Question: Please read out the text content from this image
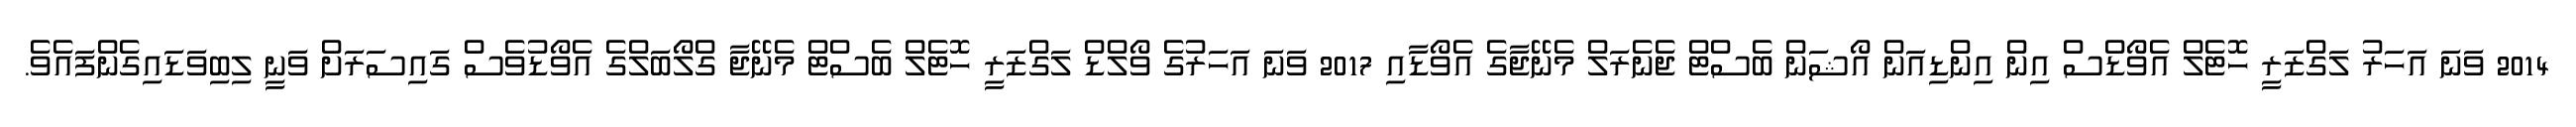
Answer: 2014 ވަނަ އަހަރު ލަގްޒަރީ ހޮޓެލް އެވޯޑްސް އިން އިންޑިއަން އޯޝަން ބެސްޓް ޖެނެރަލް މެނޭޖާގެ އެވޯޑާއި 2017 ވަނަ އަހަރުގެ ވޯލްޑް ލަގްޒަރީ ހޮޓެލް ބެސްޓް މެނޭޖާ ގްލޯބަލްގެ އެވޯޑުވެސް ގައިސަރަށް ވަނީ ލިބިވަޑައިގެންފައެވެ.